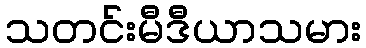
သတင်းမီဒီယာသမား